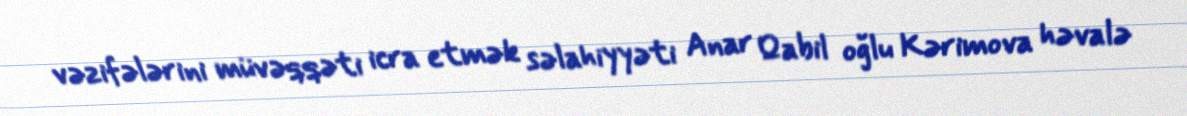
vəzifələrini müvəqqəti icra etmək səlahiyyəti Anar Qabil oğlu Kərimova həvalə